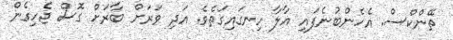
ތޭންކްސް. އެހެންބުނެފައި އާލާ ހިނގައިގަތެވެ. އަދި ވަރަށް ބާރަށް ގޮސް ޖެހިގެން